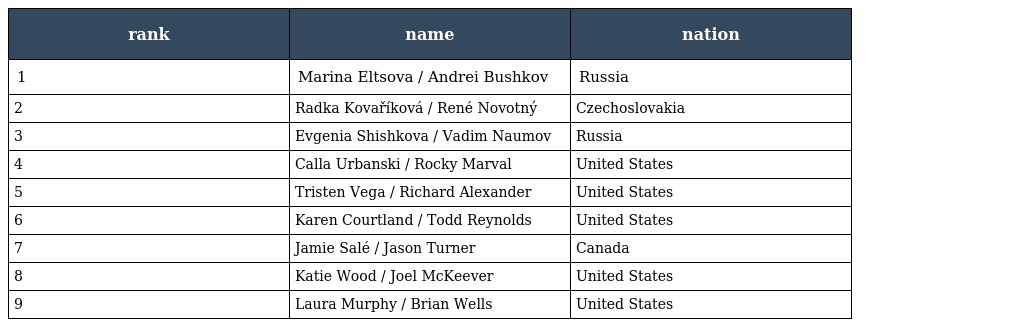
| rank | name | nation |
 | --- | --- | --- |
 | 1 | Marina Eltsova / Andrei Bushkov | Russia |
 | 2 | Radka Kovaříková / René Novotný | Czechoslovakia |
 | 3 | Evgenia Shishkova / Vadim Naumov | Russia |
 | 4 | Calla Urbanski / Rocky Marval | United States |
 | 5 | Tristen Vega / Richard Alexander | United States |
 | 6 | Karen Courtland / Todd Reynolds | United States |
 | 7 | Jamie Salé / Jason Turner | Canada |
 | 8 | Katie Wood / Joel McKeever | United States |
 | 9 | Laura Murphy / Brian Wells | United States |